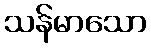
သန်မာသော